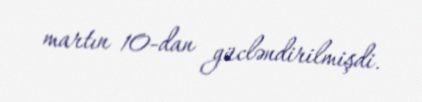
martın 10-dan gücləndirilmişdi.